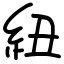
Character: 紐